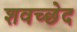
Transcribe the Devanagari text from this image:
शवच्छेद